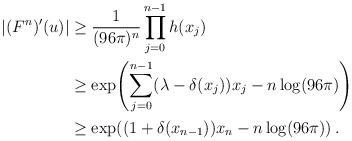
LaTeX: \begin{align*}\begin{aligned}\left|(F^n)'(u)\right|&\geq \frac{1}{(96\pi)^n} \prod_{j=0}^{n-1} h(x_j)\\ &\geq \exp\!\left(\sum_{j=0}^{n-1} (\lambda-\delta(x_j))x_j - n\log\!\left(96\pi\right)\right)\\ &\geq \exp\!\left((1+\delta(x_{n-1}))x_n - n\log\!\left(96\pi\right)\right).\end{aligned}\end{align*}